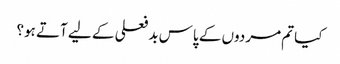
کیا تم مردوں کے پاس بد فعلی کے لیے آتے ہو؟